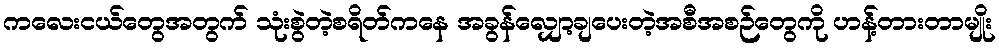
ကလေးငယ်တွေအတွက် သုံးစွဲတဲ့စရိတ်ကနေ အခွန်လျှော့ချပေးတဲ့အစီအစဉ်တွေကို ဟန့်တားတာမျိုး